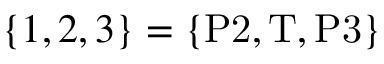
\{ 1 , 2 , 3 \} = \{ \mathrm { P 2 } , \mathrm { T } , \mathrm { P 3 } \}